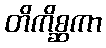
တိကိစ္ဆကာ